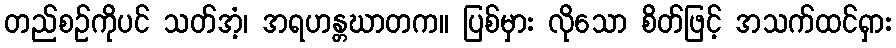
တည်စဉ်ကိုပင် သတ်အံ့၊ အရဟန္တဃာတက။ ပြစ်မှား လိုသော စိတ်ဖြင့် အသက်ထင်ရှား